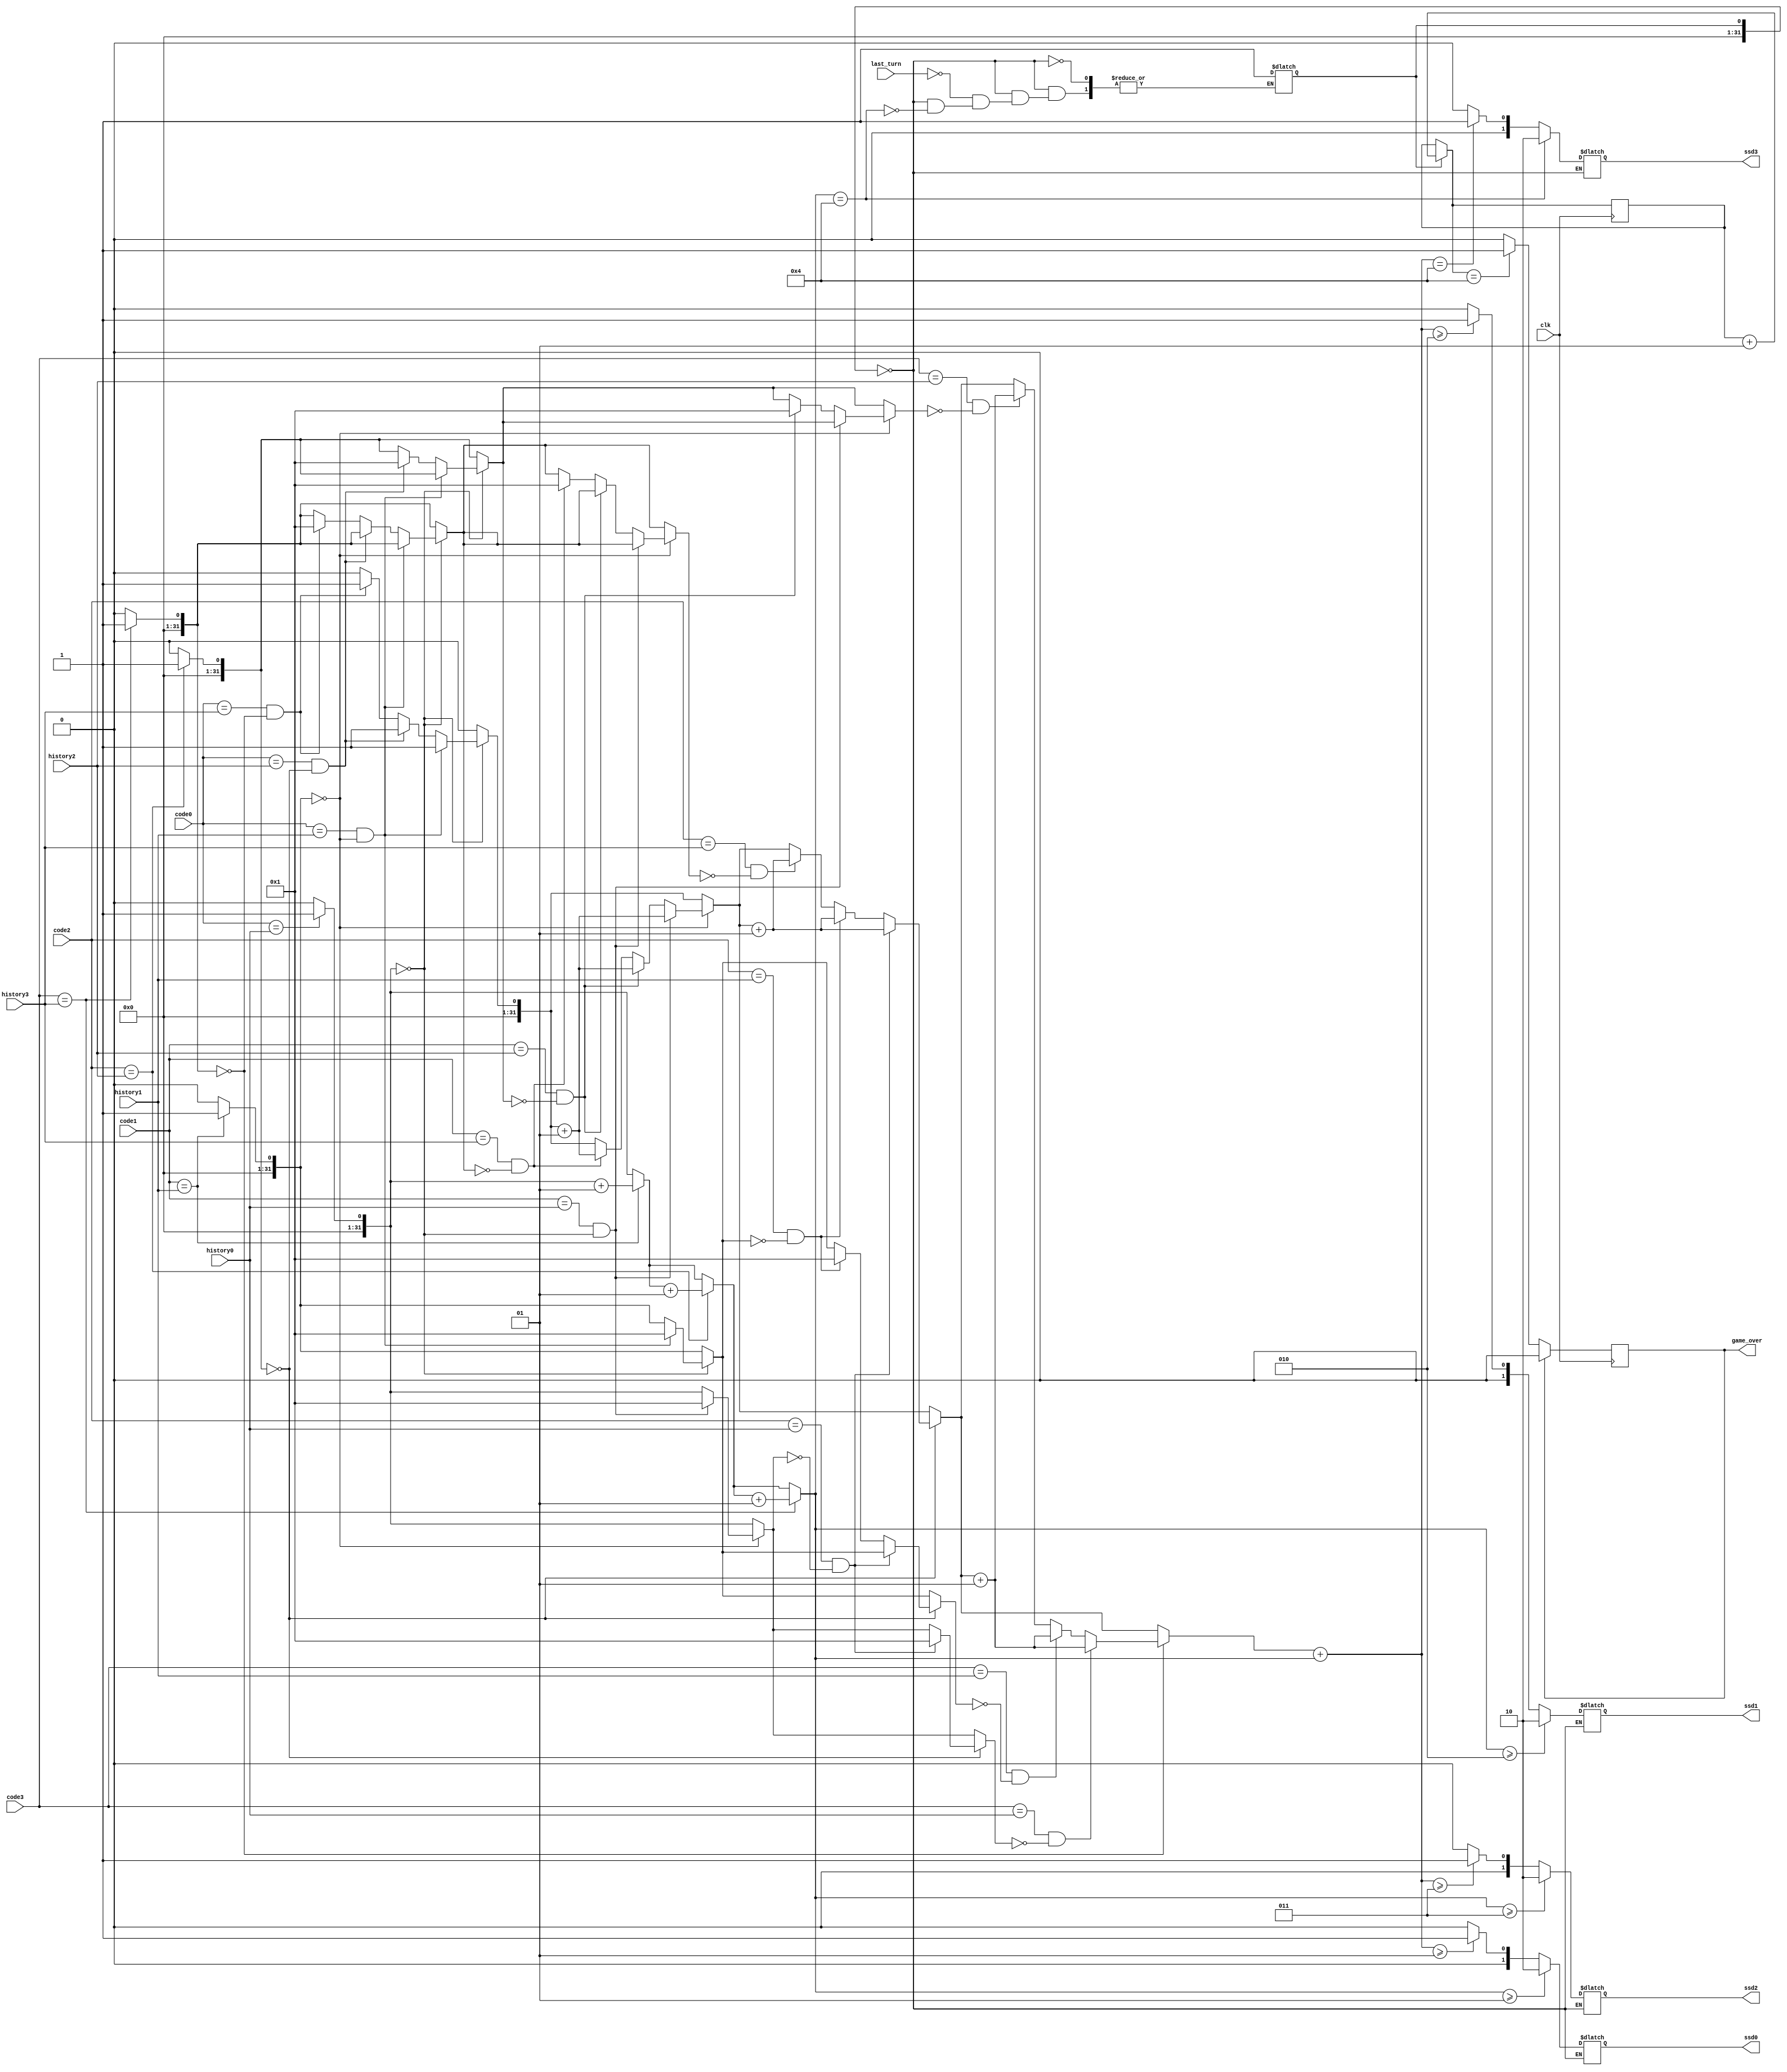
`timescale 1ns / 1ps

module feedback(
    input wire clk,
    input wire last_turn,

    input wire [2:0] code0,
    input wire [2:0] code1,
    input wire [2:0] code2,
    input wire [2:0] code3,
    input wire [2:0] history0,
    input wire [2:0] history1,
    input wire [2:0] history2,
    input wire [2:0] history3,
    output reg [1:0] ssd0,
    output reg [1:0] ssd1,
    output reg [1:0] ssd2,
    output reg [1:0] ssd3,

    output reg game_over
);
    integer end_game_cnt = 0;
    integer game_is_ending = 0;

    integer direct_matches = 0;
    integer indirect_matches = 0;
    integer no_matches = 0;

    integer code0_matched = 0;
    integer code1_matched = 0;
    integer code2_matched = 0;
    integer code3_matched = 0;

    integer history0_matched = 0;
    integer history1_matched = 0;
    integer history2_matched = 0;
    integer history3_matched = 0;

    always @(code0 or code1 or code2 or code3 or history0 or history1 or history2 or history3 or game_is_ending or last_turn) begin
        
        if (!game_is_ending) begin
            direct_matches = 0;
            indirect_matches = 0;
            no_matches = 0;

            code0_matched = 0;
            code1_matched = 0;
            code2_matched = 0;
            code3_matched = 0;

            history0_matched = 0;
            history1_matched = 0;
            history2_matched = 0;
            history3_matched = 0;

            // Check for direct matches
            if (code0 == history0) begin
                code0_matched = 1;
                history0_matched = 1;
                direct_matches = direct_matches + 1;
            end
            if (code1 == history1) begin
                code1_matched = 1;
                history1_matched = 1;
                direct_matches = direct_matches + 1;
            end
            if (code2 == history2) begin
                code2_matched = 1;
                history2_matched = 1;
                direct_matches = direct_matches + 1;
            end
            if (code3 == history3) begin
                code3_matched = 1;
                history3_matched = 1;
                direct_matches = direct_matches + 1;
            end

            // Check for indirect matches with code0
            if (code0_matched == 0) begin
                if (code0 == history1 && history1_matched == 0) begin
                    code0_matched = 1;
                    history1_matched = 1;
                    indirect_matches = indirect_matches + 1;
                end
                else if (code0 == history2 && history2_matched == 0) begin
                    code0_matched = 1;
                    history2_matched = 1;
                    indirect_matches = indirect_matches + 1;
                end
                else if (code0 == history3 && history3_matched == 0) begin
                    code0_matched = 1;
                    history3_matched = 1;
                    indirect_matches = indirect_matches + 1;
                end
            end

            // Check for indirect matches with code1
            if (code1_matched == 0) begin
                if (code1 == history0 && history0_matched == 0) begin
                    code1_matched = 1;
                    history0_matched = 1;
                    indirect_matches = indirect_matches + 1;
                end
                else if (code1 == history2 && history2_matched == 0) begin
                    code1_matched = 1;
                    history2_matched = 1;
                    indirect_matches = indirect_matches + 1;
                end
                else if (code1 == history3 && history3_matched == 0) begin
                    code1_matched = 1;
                    history3_matched = 1;
                    indirect_matches = indirect_matches + 1;
                end
            end

            // Check for indirect matches with code2
            if (code2_matched == 0) begin
                if (code2 == history0 && history0_matched == 0) begin
                    code2_matched = 1;
                    history0_matched = 1;
                    indirect_matches = indirect_matches + 1;
                end
                else if (code2 == history1 && history1_matched == 0) begin
                    code2_matched = 1;
                    history1_matched = 1;
                    indirect_matches = indirect_matches + 1;
                end
                else if (code2 == history3 && history3_matched == 0) begin
                    code2_matched = 1;
                    history3_matched = 1;
                    indirect_matches = indirect_matches + 1;
                end
            end

            // Check for indirect matches with code3
            if (code3_matched == 0) begin
                if (code3 == history0 && history0_matched == 0) begin
                    code3_matched = 1;
                    history0_matched = 1;
                    indirect_matches = indirect_matches + 1;
                end
                else if (code3 == history1 && history1_matched == 0) begin
                    code3_matched = 1;
                    history1_matched = 1;
                    indirect_matches = indirect_matches + 1;
                end
                else if (code3 == history2 && history2_matched == 0) begin
                    code3_matched = 1;
                    history2_matched = 1;
                    indirect_matches = indirect_matches + 1;
                end
            end

            no_matches = 4 - direct_matches - indirect_matches;


            // Provide feedback for ssd0
            if (direct_matches >= 1)
                ssd0 <= 2;
            else if (indirect_matches + direct_matches >= 1)
                ssd0 <= 1;
            else
                ssd0 <= 0;

            // Provide feedback for ssd1
            if (direct_matches >= 2)
                ssd1 <= 2;
            else if (indirect_matches + direct_matches >= 2)
                ssd1 <= 1;
            else
                ssd1 <= 0;

            // Provide feedback for ssd2
            if (direct_matches >= 3)
                ssd2 <= 2;
            else if (indirect_matches + direct_matches >= 3)
                ssd2 <= 1;
            else
                ssd2 <= 0;

            // Provide feedback for ssd3
            if (direct_matches == 4)
                ssd3 <= 2;
            else if (indirect_matches + direct_matches == 4)
                ssd3 <= 1;
            else
                ssd3 <= 0;

            if (direct_matches == 4)
                game_is_ending = 1;

            if (last_turn)  begin
                game_is_ending = 1;
            end
        end
    end

    always @(posedge clk)   begin
        if (game_is_ending)
            end_game_cnt = end_game_cnt + 1;

        if (end_game_cnt == 4)
            game_over <= 1;
        if (game_over == 1)
            game_over <= 0;
    end

endmodule